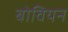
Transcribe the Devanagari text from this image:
बोवियन